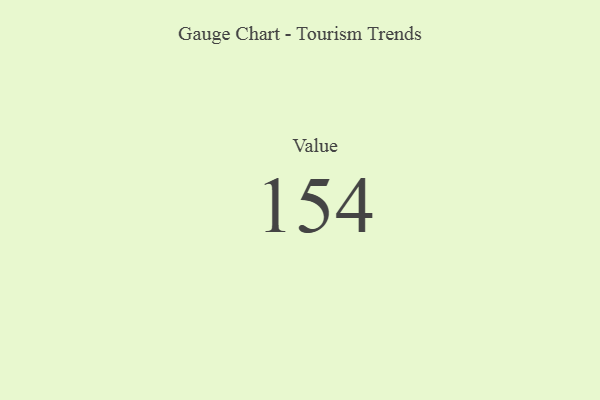
{"axis": {"x": "Metric", "y": "Value"}, "legend": [""], "data": [{"x": "Value", "y": 154, "type": ""}]}